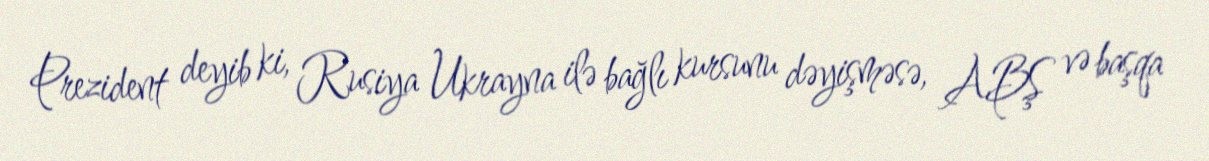
Prezident deyib ki, Rusiya Ukrayna ilə bağlı kursunu dəyişməsə, ABŞ və başqa